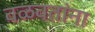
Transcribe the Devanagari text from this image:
वळवतांना